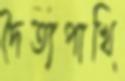
দৈত্যপাখি